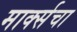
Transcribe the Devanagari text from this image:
मार्क्सचा